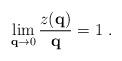
LaTeX: \begin{align*}\lim_{{\bf q} \rightarrow 0 }\frac{z ({\bf q} )}{ {\bf q}} = 1 \ .\end{align*}